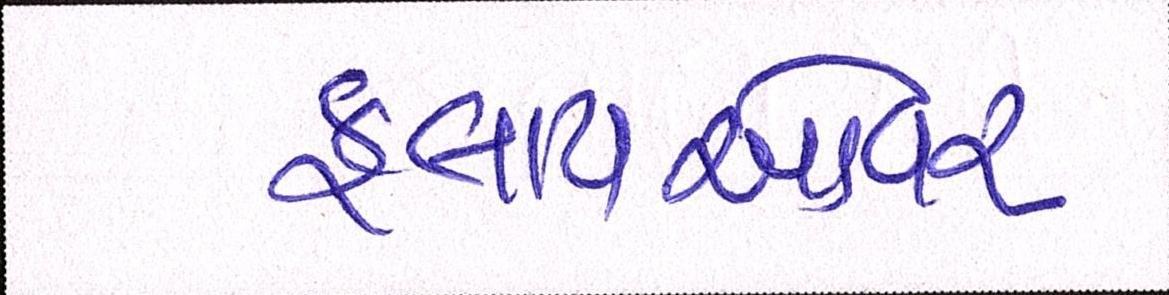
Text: ફ્લાયઓવર